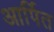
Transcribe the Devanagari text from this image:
आर्पित